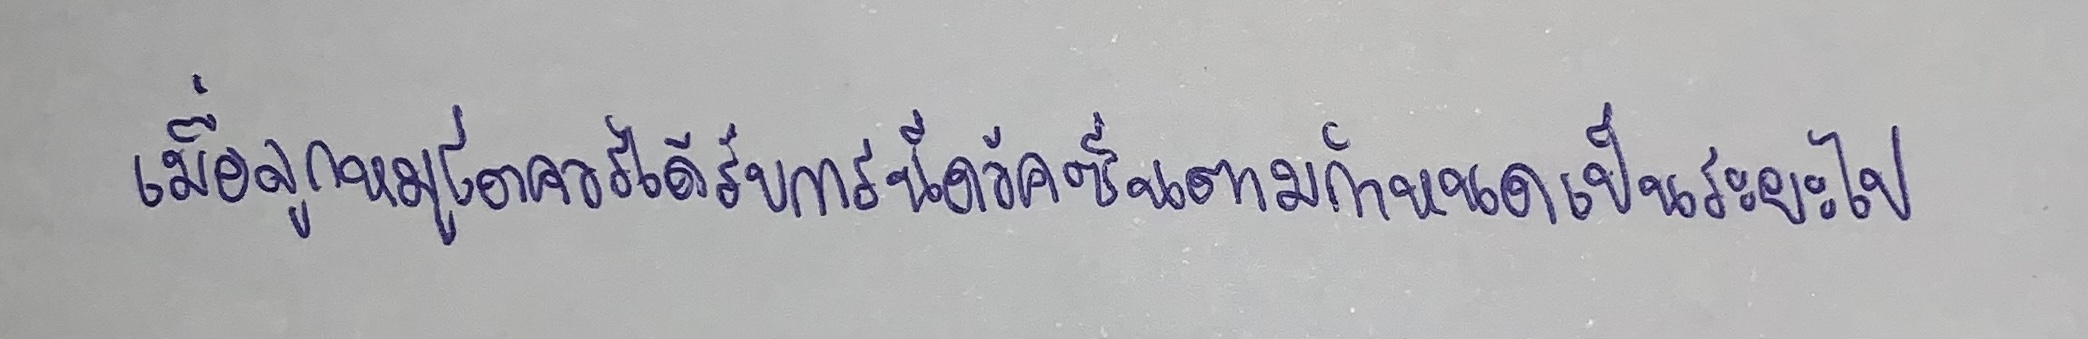
เมื่อลูกหมูโตควรได้รับการฉีดวัคซีนตามกำหนดเป็นระยะไป